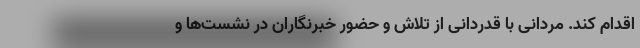
اقدام کند. مردانی با قدردانی از تلاش و حضور خبرنگاران در نشست‌ها و